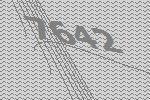
7642